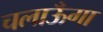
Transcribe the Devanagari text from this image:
चलाऊँगा